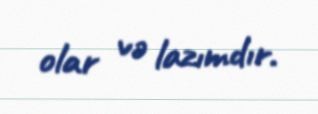
olar və lazımdır.